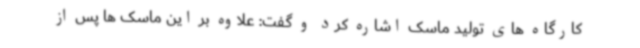
کارگاه های تولید ماسک اشاره کرد و گفت: علاوه بر این ماسک ها پس از